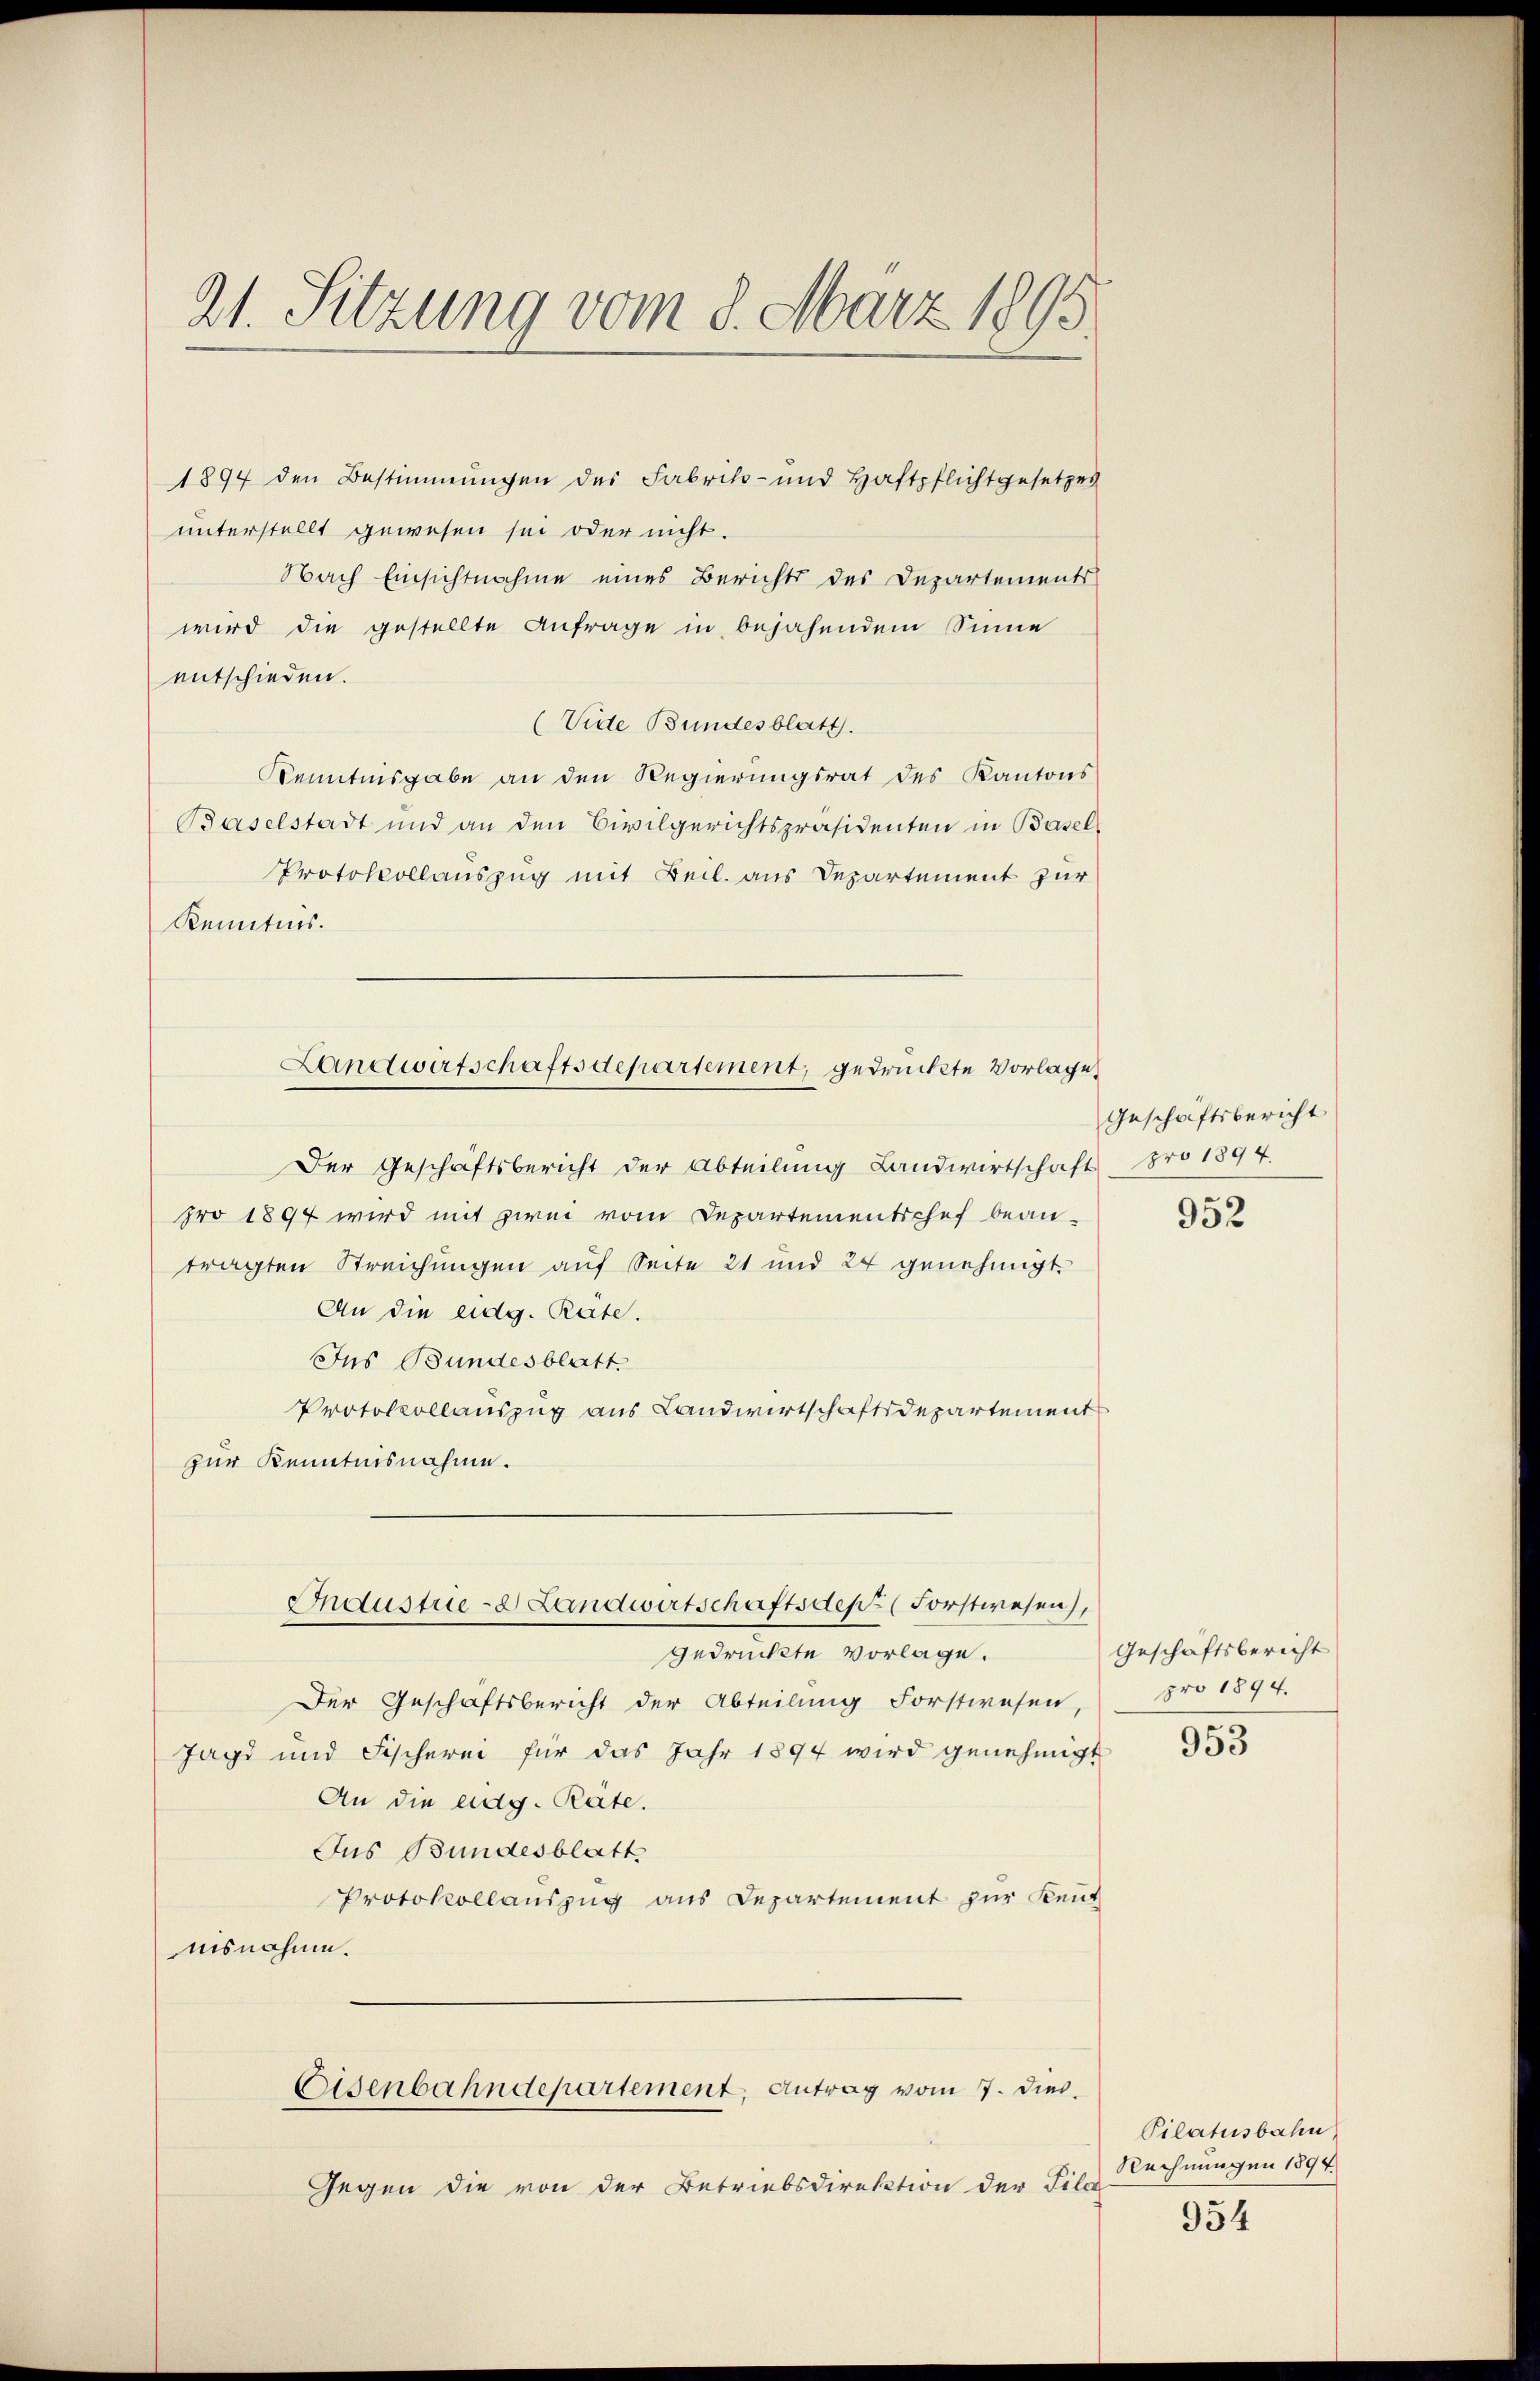
21. Sitzung vom 8. März 1895

1894 den Bestimmungen des Fabrik- und Haftpflichtgesetzes
unterstellt gewesen sei oder nicht.
Nach Einsichtnahme eines Berichts des Departements
wird die gestellte Anfrage in bejahendem Sinne
entschieden.
(Vide Bundesblatt.
Kenntnisgabe an den Regierungsrat des Kantons
Baselstadt und an den Civilgerichtspräsidenten in Basel-
Protokollauszug mit Beil. aus Departement zur
Kenntnis.
Der Geschäftsbericht der Abteilung Landwirtschaft
pro 1894 wird mit zwei vom Departementschef bean-
tragten Streichungen auf Seite 21 und 24 genehmigt.
An die eidg. Rate.
Jns Bundesblatt.
Protokollauszug aus Landwirtschaftsdepartement
zur Kenntnisnahme.
Industrie - Landwirtschaftsdept Forstwesen,
gedruckte Vorlage.
Der Geschäftsbericht der Abteilung Forstwesen,
Jagd und Fischerei für das Jahr 1894 wird genehmigt
An die eidg. Rate.
Jus Bundesblatt
Protokollauszug aus Departement zur Beut
nisnahme.
Eisenbahndepartement, Antrag vom 7. dies

Landwirtschaftsdepartement, gedruckte Vorlage

Gegen die von der Betriebsdirektion der Fila

Geschäftsbericht
pro 1894.

952

Geschäftsbericht
pro 1894.

953

Pilatusbahn
Rechnungen 1894.
954